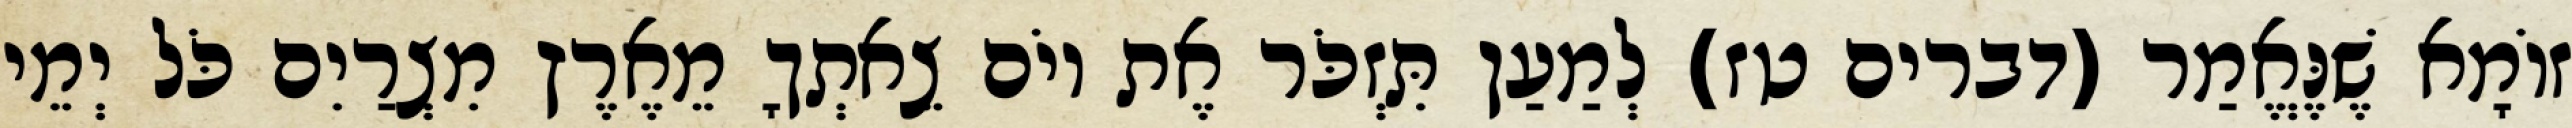
זוֹמָא שֶׁנֶּאֱמַר (דברים טז) לְמַעַן תִּזְכֹּר אֶת יוֹם צֵאתְךָ מֵאֶרֶץ מִצְרַיִם כֹּל יְמֵי